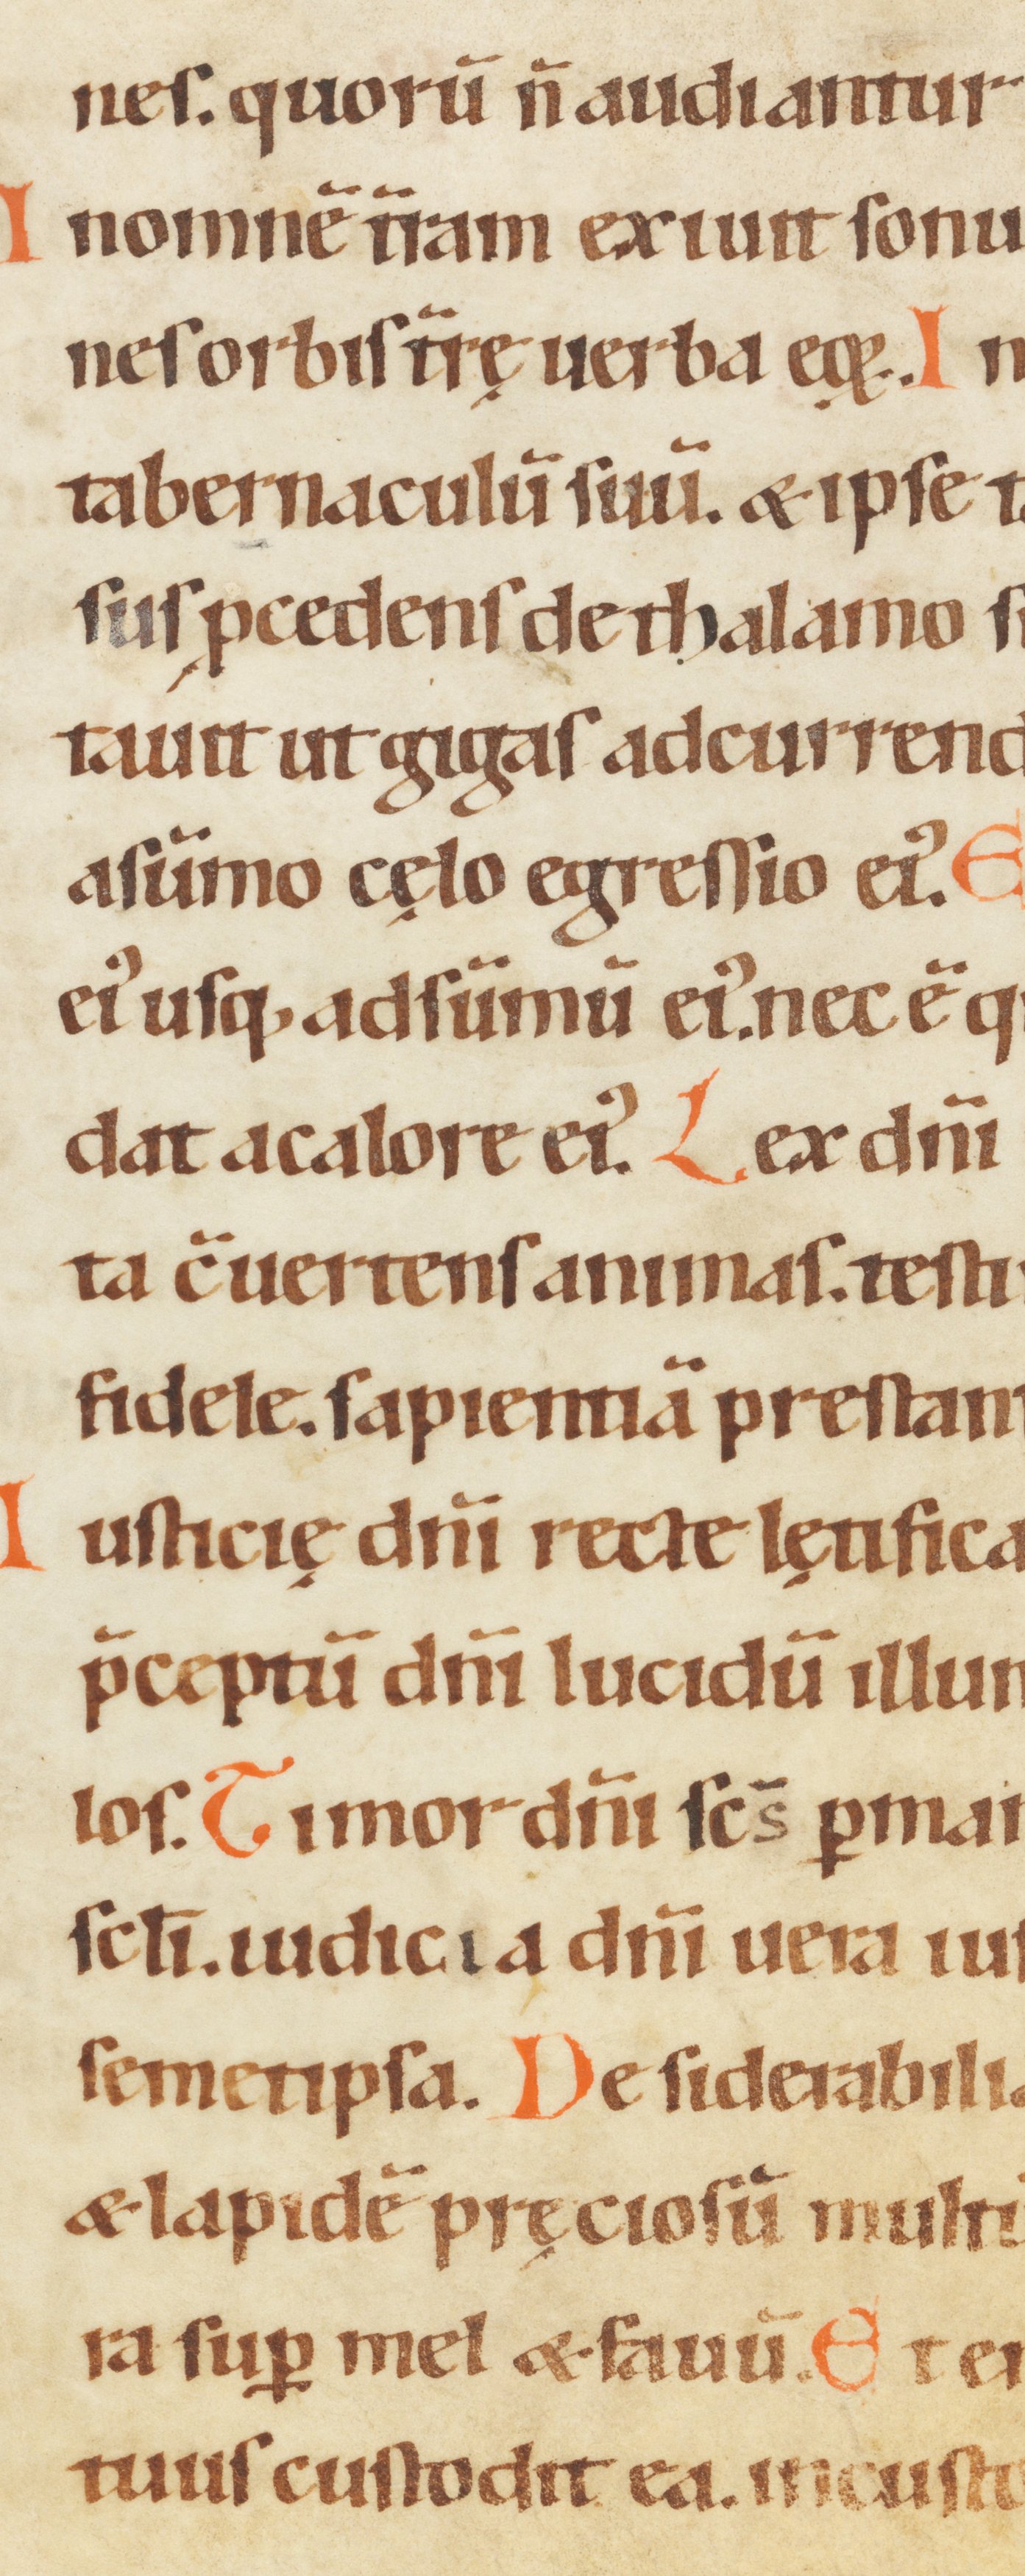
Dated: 1100–1199